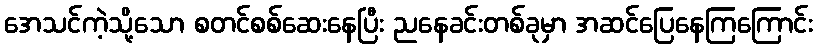
အေသင်ကဲ့သို့သော စတင်စစ်ဆေးနေပြီး ညနေခင်းတစ်ခုမှာ အဆင်ပြေနေကြကြောင်း